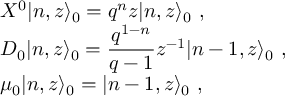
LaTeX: \begin{array} { l } { { { \cal X } ^ { 0 } \vert n , z \rangle _ { 0 } = q ^ { n } z \vert n , z \rangle _ { 0 } ~ , } } \\ { { { \cal D } _ { 0 } \vert n , z \rangle _ { 0 } = \displaystyle \frac { q ^ { 1 - n } } { q - 1 } z ^ { - 1 } \vert n - 1 , z \rangle _ { 0 } ~ , } } \\ { { \mu _ { 0 } \vert n , z \rangle _ { 0 } = \vert n - 1 , z \rangle _ { 0 } ~ , } } \end{array}